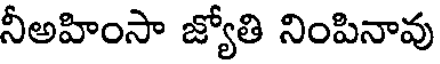
నీఅహింసా జ్యోతి నింపినావు